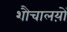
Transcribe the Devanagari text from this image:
शौचालय़ों